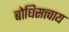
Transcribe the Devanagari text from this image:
बोधिसत्त्वाय